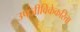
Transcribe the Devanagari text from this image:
उपजीविकेकरिता